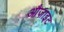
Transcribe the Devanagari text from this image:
औज़ाइट